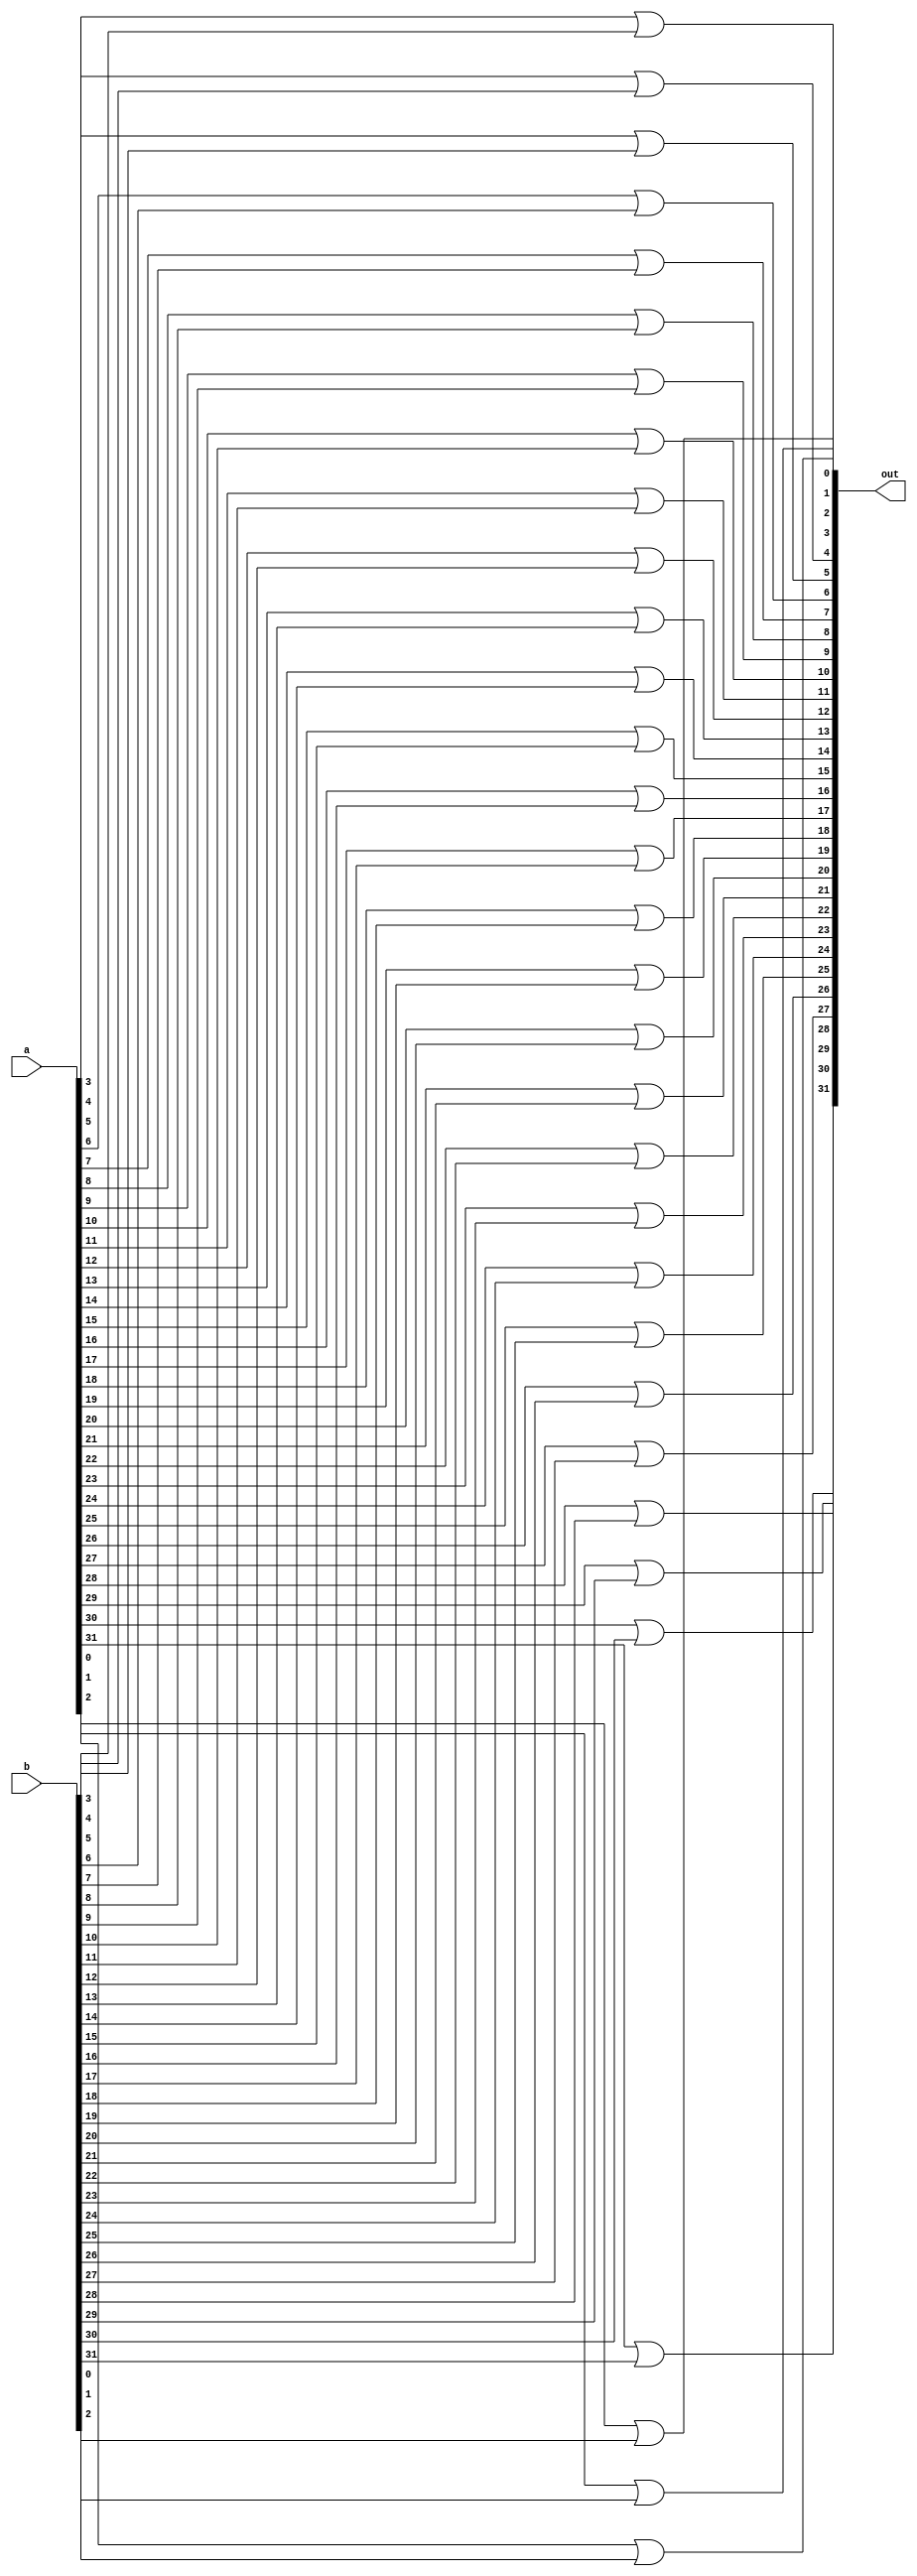
module or32(out, a, b);

input [31:0] a, b;
output [31:0] out;

   // 32 bit or operation
	or(out[0], a[0], b[0]);
	or(out[1], a[1], b[1]);
	or(out[2], a[2], b[2]);
	or(out[3], a[3], b[3]);
	or(out[4], a[4], b[4]);
	or(out[5], a[5], b[5]);
	or(out[6], a[6], b[6]);
	or(out[7], a[7], b[7]);
	or(out[8], a[8], b[8]);
	or(out[9], a[9], b[9]);
	or(out[10], a[10], b[10]);
	or(out[11], a[11], b[11]);
	or(out[12], a[12], b[12]);
	or(out[13], a[13], b[13]);
	or(out[14], a[14], b[14]);
	or(out[15], a[15], b[15]);
	or(out[16], a[16], b[16]);
	or(out[17], a[17], b[17]);
	or(out[18], a[18], b[18]);
	or(out[19], a[19], b[19]);
	or(out[20], a[20], b[20]);
	or(out[21], a[21], b[21]);
	or(out[22], a[22], b[22]);
	or(out[23], a[23], b[23]);
	or(out[24], a[24], b[24]);
	or(out[25], a[25], b[25]);
	or(out[26], a[26], b[26]);
	or(out[27], a[27], b[27]);
	or(out[28], a[28], b[28]);
	or(out[29], a[29], b[29]);
	or(out[30], a[30], b[30]);
	or(out[31], a[31], b[31]);

endmodule